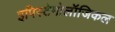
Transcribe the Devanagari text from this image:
इपिस्टेमोलॉजिकल